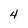
Character: 4